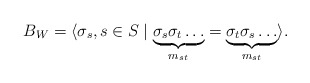
\begin{align*}B_W=\langle \sigma_s, s\in S\mid \underbrace{\sigma_s\sigma_t \dots}_{m_{st}}=\underbrace{\sigma_t\sigma_s \dots}_{m_{st}} \rangle.\end{align*}